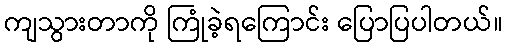
ကျသွားတာကို ကြုံခဲ့ရကြောင်း ပြောပြပါတယ်။